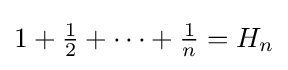
\textstyle 1+{\frac {1}{2}}+\cdots +{\frac {1}{n}}=H_{n}